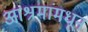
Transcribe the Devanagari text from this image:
आश्रमांमधून